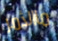
ماالأمر